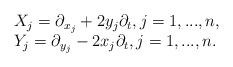
LaTeX: \begin{align*} \left. \begin{array}{lll} X_j=\partial_{x_j}+2y_j \partial_t,j=1,...,n,\\ Y_j=\partial_{y_j}-2x_j\partial_t,j=1,...,n. \end{array}\right.\end{align*}